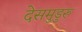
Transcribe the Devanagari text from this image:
देसमुडुरु